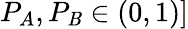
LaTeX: P_{A},P_{\mathit{B}}\in(0,1)]